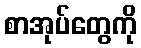
စာအုပ်တွေကို